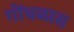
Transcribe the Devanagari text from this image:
गोंधळास